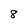
Character: 8